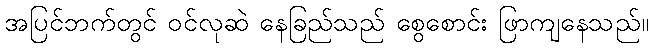
အပြင်ဘက်တွင် ဝင်လုဆဲ နေခြည်သည် စွေစောင်း ဖြာကျနေသည်။